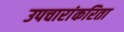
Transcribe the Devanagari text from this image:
उपचारांकरिता